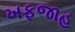
ખફજાહ